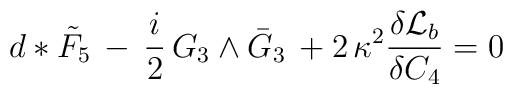
d*\tilde{F}_5\, - \,\frac{i}{2}\, G_3 \wedge \bar{G}_3\, + 2 \,\kappa^2 \frac{\delta {\cal L}_b}{\delta C_4}=0